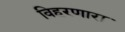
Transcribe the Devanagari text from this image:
विहरणारा